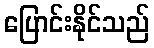
ပြောင်းနိုင်သည်